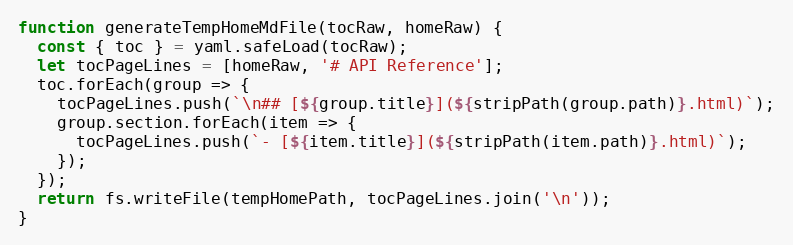
Language: JavaScript
function generateTempHomeMdFile(tocRaw, homeRaw) {
  const { toc } = yaml.safeLoad(tocRaw);
  let tocPageLines = [homeRaw, '# API Reference'];
  toc.forEach(group => {
    tocPageLines.push(`\n## [${group.title}](${stripPath(group.path)}.html)`);
    group.section.forEach(item => {
      tocPageLines.push(`- [${item.title}](${stripPath(item.path)}.html)`);
    });
  });
  return fs.writeFile(tempHomePath, tocPageLines.join('\n'));
}